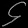
Digit: ၄